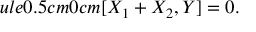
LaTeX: ule { 0.5 cm } { 0 cm } [ X _ { 1 } + X _ { 2 } , Y ] = 0 .